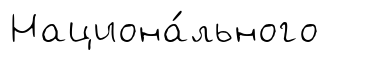
Национа́льного